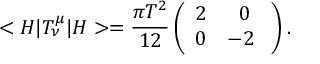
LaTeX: < H | T _ { \nu } ^ { \mu } | H > = \frac { \pi T ^ { 2 } } { 1 2 } \left( \begin{array} { c c } { { 2 } } & { { 0 } } \\ { { 0 } } & { { - 2 \ } } \end{array} \right) .